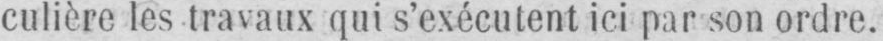
culière les travaux qui s’exécutent ici par son ordre.